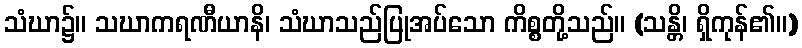
သံဃာ၌။ သဃာကရဏီယာနိ၊ သံဃာသည်ပြုအပ်သော ကိစ္စတို့သည်။ (သန္တိ၊ ရှိကုန်၏။)